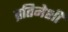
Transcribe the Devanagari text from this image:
प्रतिमेशी